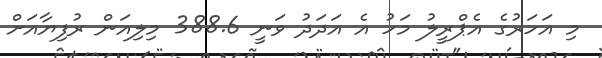
މި އަހަރުގެ އެޕްރީލު މަހު އެ އަދަދު ވަނީ 388.6 މިލިއަން ރުފިޔާއަށް